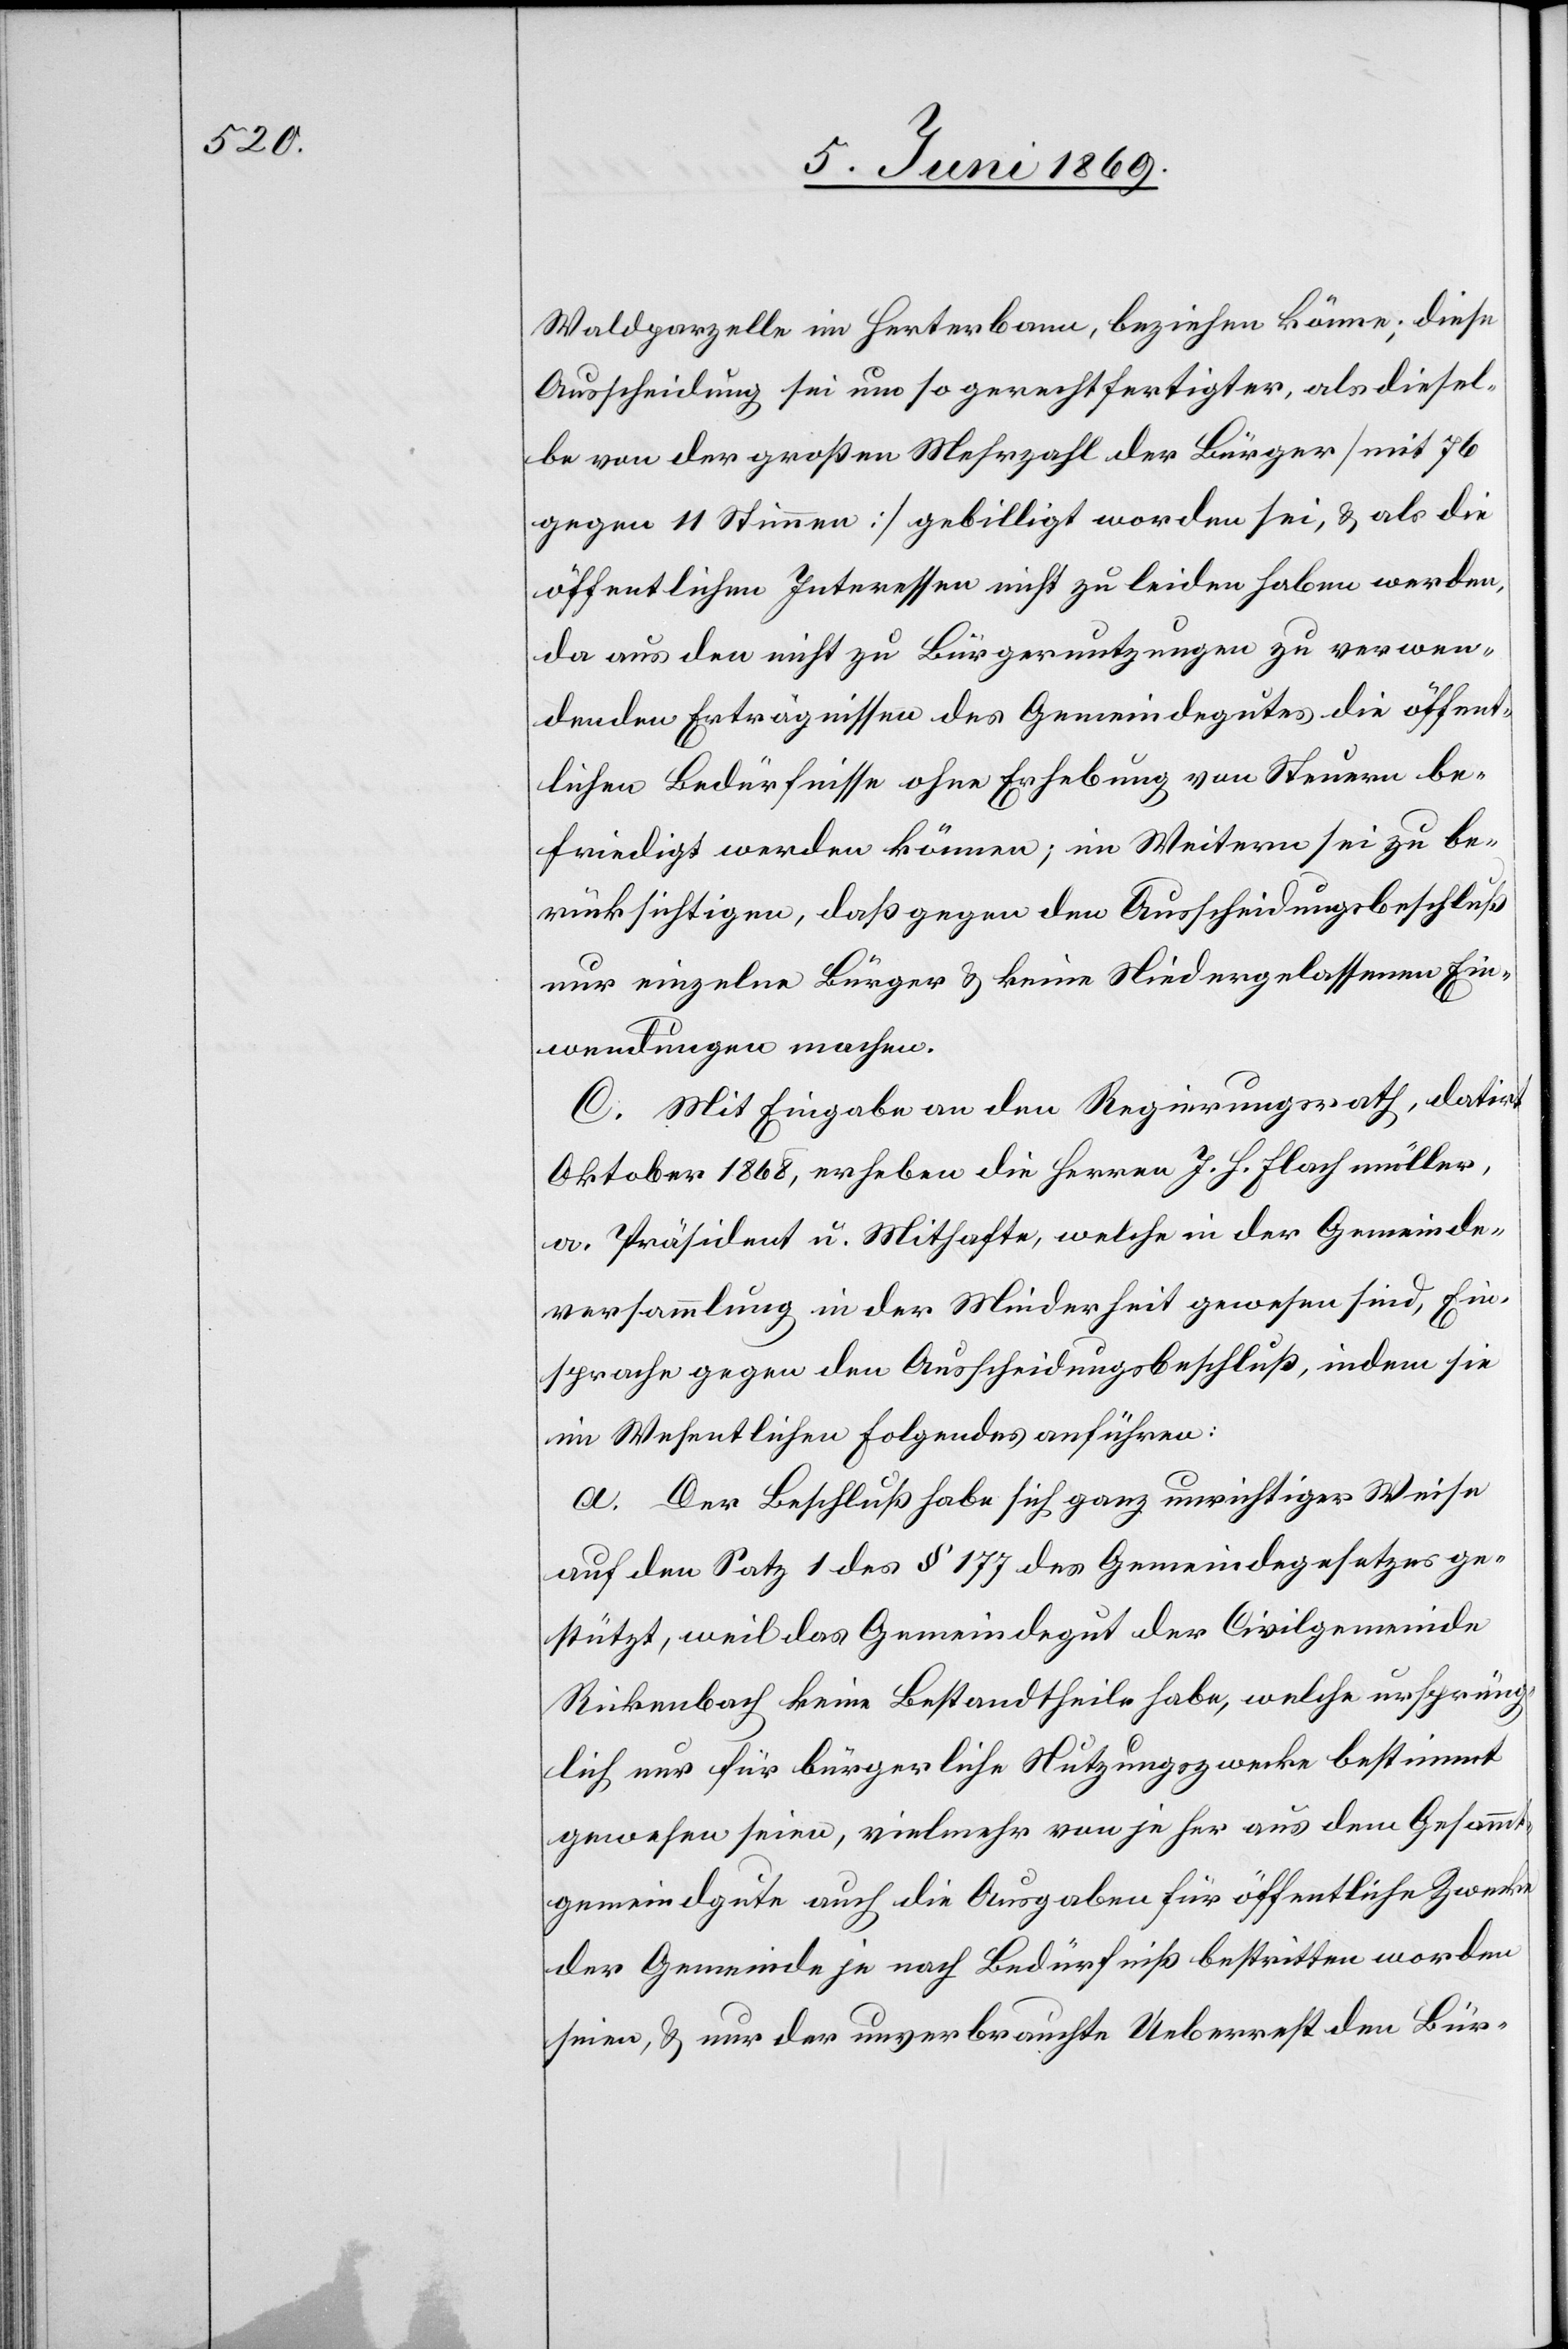
Waldparzelle im Herterbann, beziehen könne; diese
Ausscheidung sei um so gerechtfertigter, als diesel¬
be von der großen Mehrzahl der Bürger [mit 76
gegen 11 Stimmen] gebilligt worden sei, u. als die
öffentlichen Interessen nicht zu leiden haben werden,
da aus den nicht zu Bürgernutzungen zu verwen¬
denden Erträgnissen des Gemeindegutes die öffent¬
lichen Bedürfnisse ohne Erhebung von Steuern be¬
friedigt werden können; im Weitern sei zu be¬
rücksichtigen, daß gegen den Ausscheidungsbeschluß
nur einzelne Bürger u. keine Niedergelassenen Ein¬
wendungen machen.
C. Mit Eingabe an den Regierungsrath, datirt
Oktober 1868, erheben die Herren J. H. Flachmüller,
a. Präsident u. Mithafte, welche in der Gemeinde¬
versammlung in der Minderheit gewesen sind, Ein¬
sprache gegen den Ausscheidungsbeschluß, indem sie
im Wesentlichen Folgendes anführen:
a. Der Beschluß habe sich ganz unrichtiger Weise
auf den Satz 1 des § 177 des Gemeindegesetzes ge¬
stützt, weil das Gemeindegut der Civilgemeinde
Rickenbach keine Bestandtheile habe, welche ursprüng¬
lich nur für bürgerliche Nutzungszwecke bestimmt
gewesen seien, vielmehr von je her aus dem Gesammt¬
gemeindgute auch die Ausgaben für öffentliche Zwecke
der Gemeinde je nach Bedürfniß bestritten worden
seien, u. nur der unverbrauchte Ueberrest den Bür-